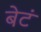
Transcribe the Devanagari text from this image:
बेटं